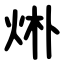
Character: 烞